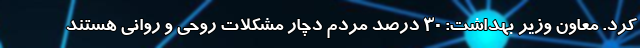
کرد. معاون وزیر بهداشت: 30 درصد مردم دچار مشکلات روحی و روانی هستند